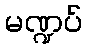
မဏ္ဍပ်